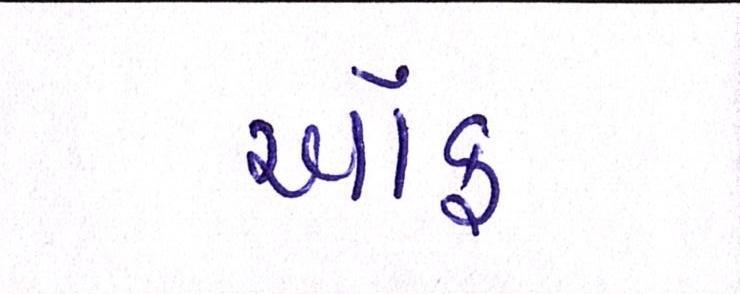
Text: ઑફ